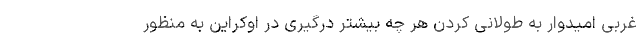
غربی امیدوار به طولانی کردن هر چه بیشتر درگیری در اوکراین به منظور